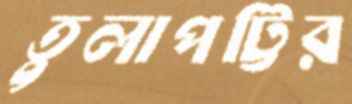
তুলাপট্টির